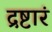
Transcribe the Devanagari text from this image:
द्रष्टारं